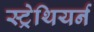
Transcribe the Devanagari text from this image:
स्ट्रेथियर्न